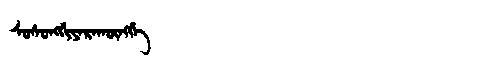
Manchu: ᠰᡠᠰᡠᠩᡤᡳᠶᠠᡵᠠᡴᡡᠩᡤᡝ
Romanization: SUSUNGGIYARAKŪNGGE